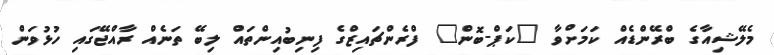
މެލޭޝިއާގެ ބްރޭންޑެއް ކަމަށްވާ "ކަޕް-ބޮން" ފްރެންޗައިޒްގެ ފިނިބުއިންތައް ލިބޭ ތަނެއް ރާއްޖޭގައި ހުޅުވަން